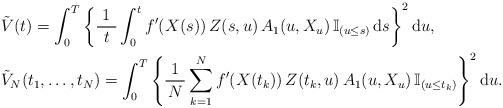
LaTeX: \begin{align*}& \tilde{V} (t) = \int_0^T \left\{ \frac{ \ 1 \ }{t} \int_0^t f^\prime (X(s)) \, Z(s,u) \, A_1 (u, X_u) \, \mathbb{I}_{(u \le s)} \, \mbox{d}s \right\}^2 \mbox{d}u, \\& \tilde{V}_N (t_1, \dots, t_N) = \int_0^T \left\{ \frac{ \ 1 \ }{N} \sum_{k=1}^N f^\prime (X(t_k)) \, Z(t_k, u) \, A_1 (u, X_u) \, \mathbb{I}_{(u \le t_k)} \right\}^2 \mbox{d}u. \end{align*}